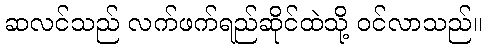
ဆလင်သည် လက်ဖက်ရည်ဆိုင်ထဲသို့ ဝင်လာသည်။